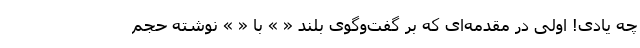
چه یادی! اولی در مقدمه‌ای که بر گفت‌و‌گوی بلند « » با « » نوشته حجم